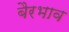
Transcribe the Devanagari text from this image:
बैरभाव